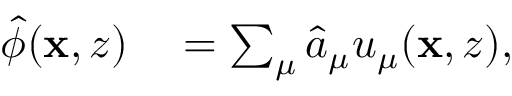
\begin{array} { r l } { \hat { \phi } ( \mathbf { x } , z ) } & { { } = \sum _ { \mu } \hat { a } _ { \mu } u _ { \mu } ( \mathbf { x } , z ) , } \end{array}